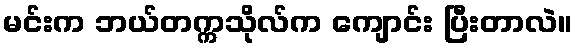
မင်းက ဘယ်တက္ကသိုလ်က ကျောင်း ပြီးတာလဲ။